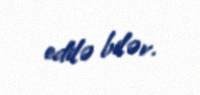
edilə bilər.